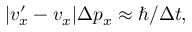
| v _ { x } ^ { \prime } - v _ { x } | \Delta p _ { x } \approx \hbar / \Delta t ,